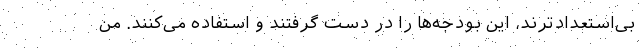
بی‌استعدادترند، این بودجه‌ها را در دست گرفتند و استفاده می‌کنند. من